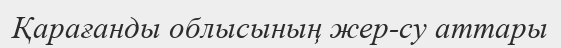
Қарағанды облысының жер-су аттары